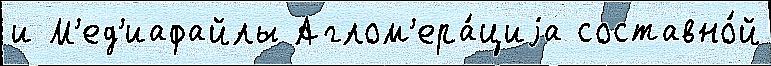
и М'ед'иафайлы Аглом'ера́циjа составно́й